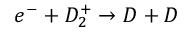
e ^ { - } + D _ { 2 } ^ { + } \rightarrow D + D